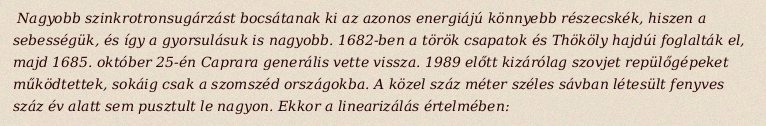
Nagyobb szinkrotronsugárzást bocsátanak ki az azonos energiájú könnyebb részecskék, hiszen a sebességük, és így a gyorsulásuk is nagyobb. 1682-ben a török csapatok és Thököly hajdúi foglalták el, majd 1685. október 25-én Caprara generális vette vissza. 1989 előtt kizárólag szovjet repülőgépeket működtettek, sokáig csak a szomszéd országokba. A közel száz méter széles sávban létesült fenyves száz év alatt sem pusztult le nagyon. Ekkor a linearizálás értelmében: